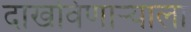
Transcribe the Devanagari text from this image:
दाखविणाऱ्याला